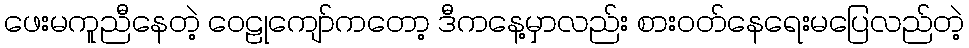
ဖေးမကူညီနေတဲ့ ဝေဠုကျော်ကတော့ ဒီကနေ့မှာလည်း စားဝတ်နေရေးမပြေလည်တဲ့